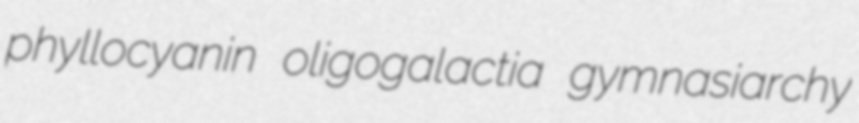
phyllocyanin oligogalactia gymnasiarchy